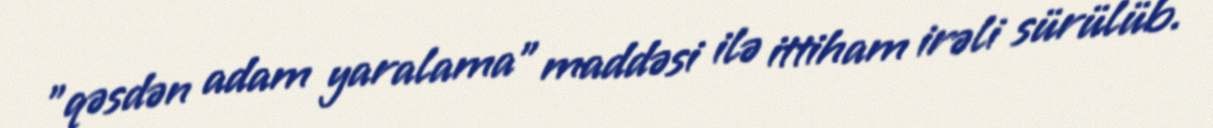
"qəsdən adam yaralama" maddəsi ilə ittiham irəli sürülüb.